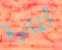
ألمانية